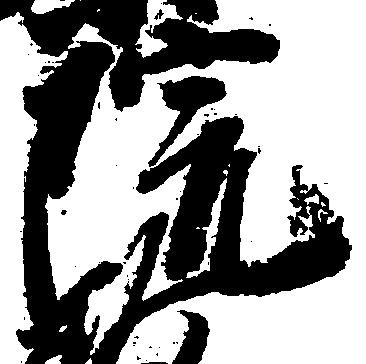
院